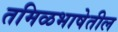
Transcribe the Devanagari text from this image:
तमिळभाषेतील